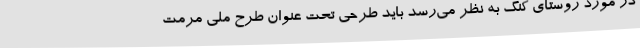
در مورد روستای کنگ به نظر می‌رسد باید طرحی تحت عنوان طرح ملی مرمت